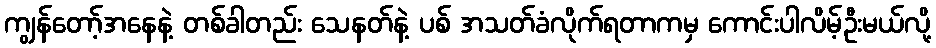
ကျွန်တော့်အနေနဲ့ တစ်ခါတည်း သေနတ်နဲ့ ပစ် အသတ်ခံလိုက်ရတာကမှ ကောင်းပါလိမ့်ဦးမယ်လို့